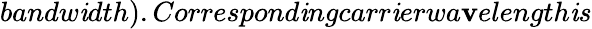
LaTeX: bandw\mathit{i}dth).Correspond\mathit{i}ngcarr\mathit{i}erwa\mathbf{v}elength\mathit{i}s